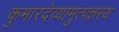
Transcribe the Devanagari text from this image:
कुमारदेव्यामुत्पन्नस्य